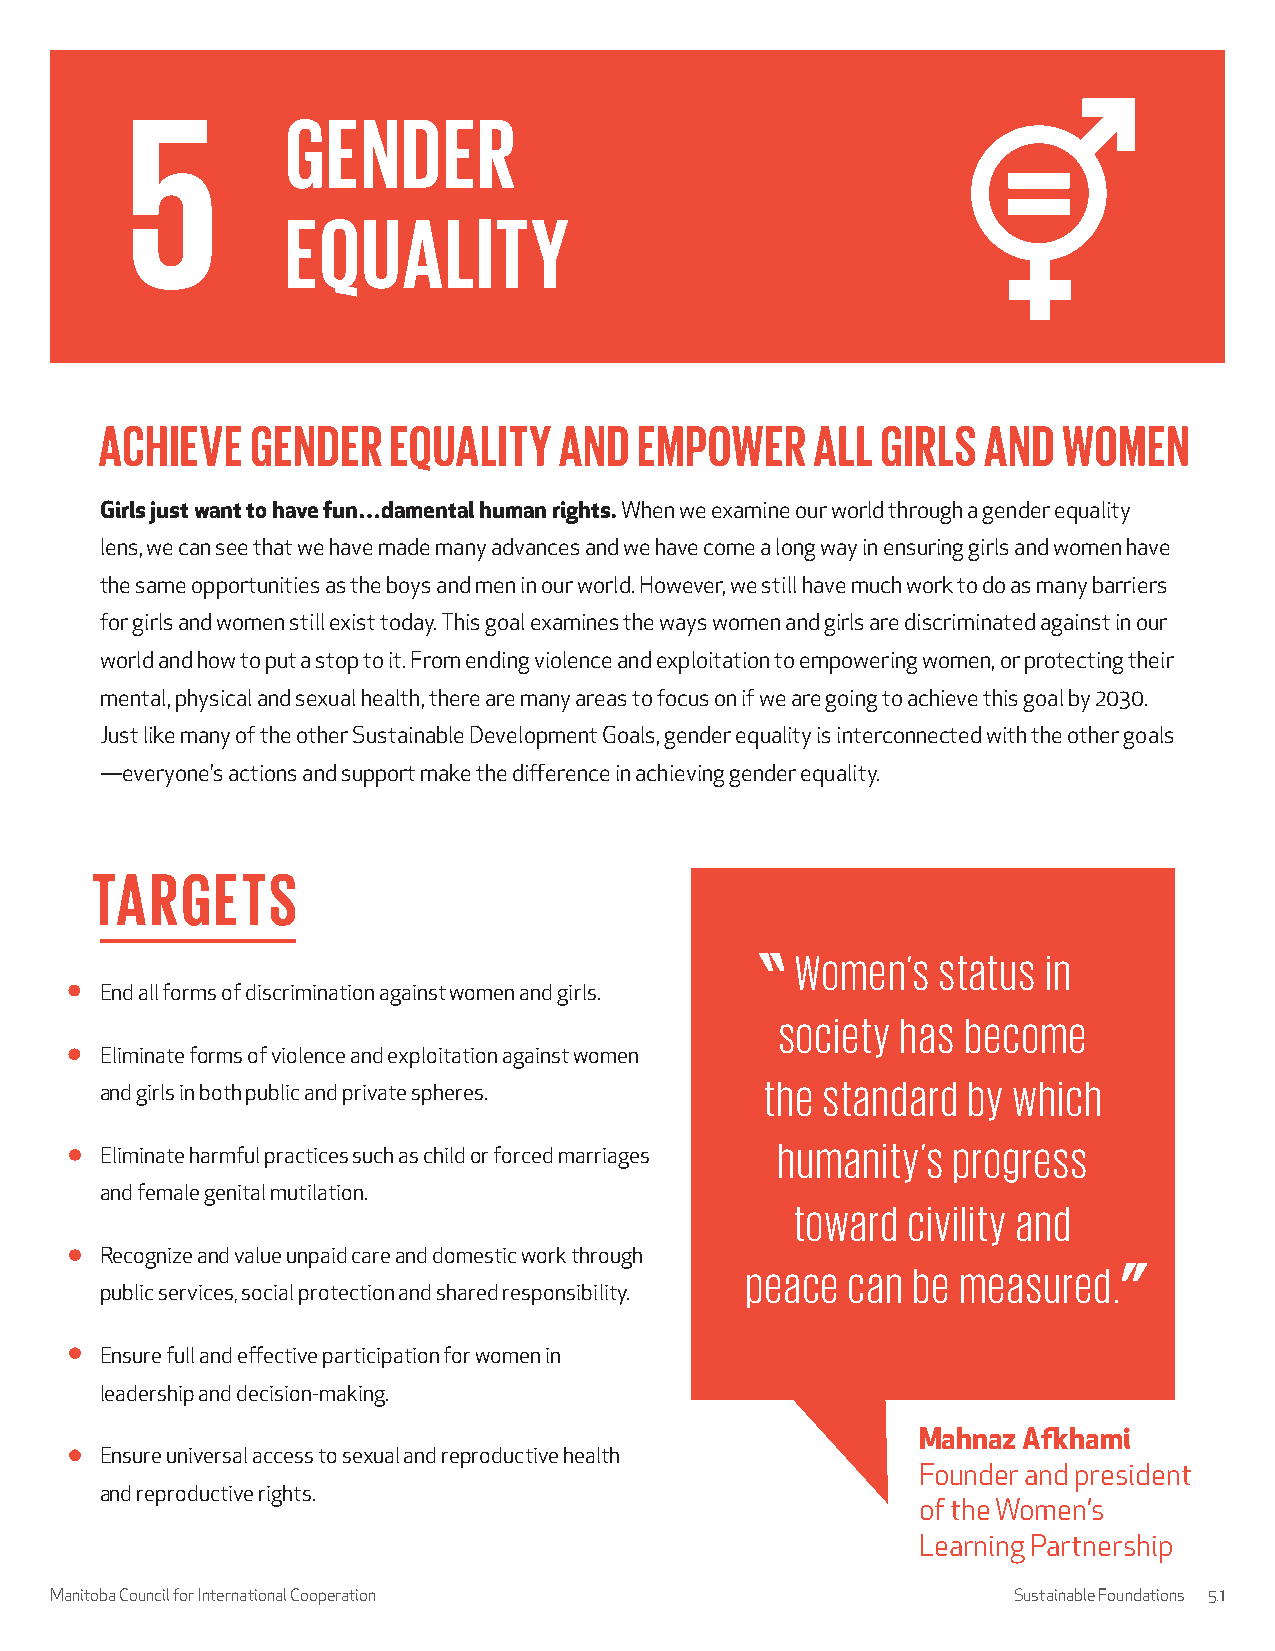
ACHIEVE   GENDER   EQUALITY   AND  EMPOWER     ALL GIRLS  AND  WOMEN
 Girls just want to have fun…damental human rights. When we examine our world through a gender equality
 lens, we can see that we have made many advances and we have come a long way in ensuring girls and women have
 the same opportunities as the boys and men in our world. However, we still have much work to do as many barriers
 for girls and women still exist today. This goal examines the ways women and girls are discriminated against in our
 world and how to put a stop to it. From ending violence and exploitation to empowering women, or protecting their
 mental, physical and sexual health, there are many areas to focus on if we are going to achieve this goal by 2030.
 Just like many of the other Sustainable Development Goals, gender equality is interconnected with the other goals
 —everyone’s actions and support make the difference in achieving gender equality.
 TARGETS
 Women’s  status in
 End all forms of discrimination against women and girls.
 society has become
 Eliminate forms of violence and exploitation against women
 the standard by which
 and girls in both public and private spheres.
 humanity’s progress
 Eliminate harmful practices such as child or forced marriages
 and female genital mutilation.
 toward civility and
 Recognize and value unpaid care and domestic work through
 peace  can be  measured.
 public services, social protection and shared responsibility.
 Ensure full and effective participation for women in
 leadership and decision-making.
 Mahnaz Afkhami
 Ensure universal access to sexual and reproductive health
 Founder and president
 and reproductive rights.
 of the Women’s
 Learning Partnership
 Manitoba Council for International Cooperation                  Sustainable Foundations 5.1